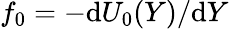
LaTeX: f_{0}=-\mathrm{d}U_{0}(Y)/\mathrm{d}Y